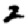
Digit: 2